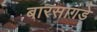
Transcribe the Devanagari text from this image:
बारसागडे